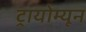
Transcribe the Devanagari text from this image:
ट्रायोम्यून